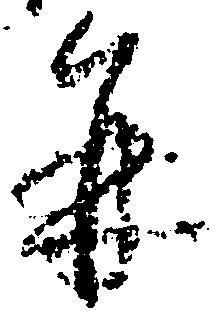
并